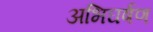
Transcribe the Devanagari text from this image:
अभिघर्षण